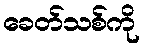
ခေတ်သစ်ကို